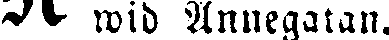
wid Annegatan.